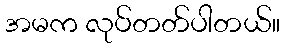
အမက လုပ်တတ်ပါတယ်။